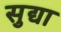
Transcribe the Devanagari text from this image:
सुद्या